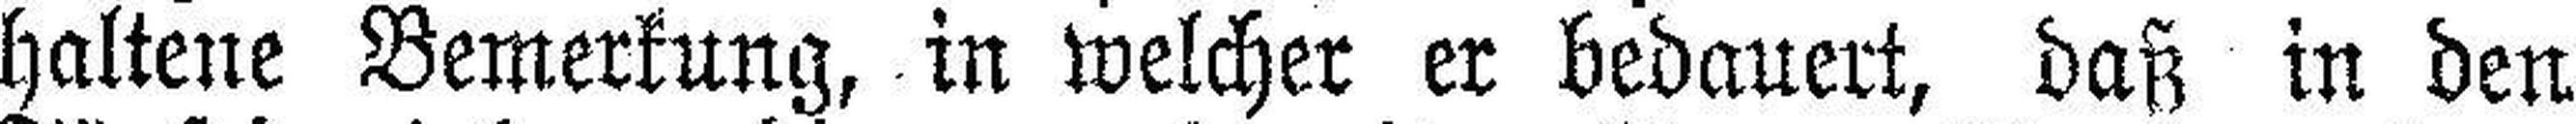
haltene Bemerkung, in welcher er bedauert, daß in den